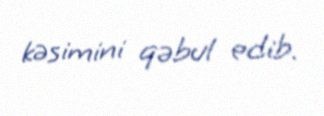
kəsimini qəbul edib.